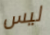
ليس